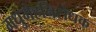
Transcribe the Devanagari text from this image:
मधुमेहनिरोधक